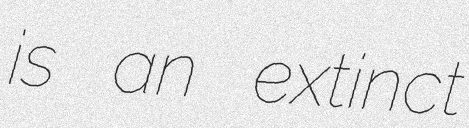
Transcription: is an extinct